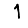
Digit: 1